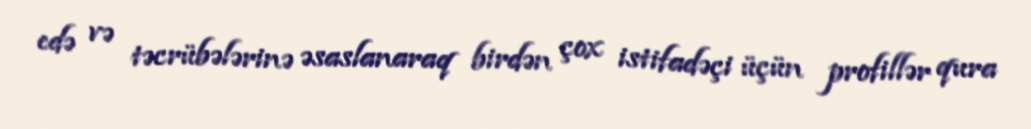
edə və təcrübələrinə əsaslanaraq birdən çox istifadəçi üçün profillər qura